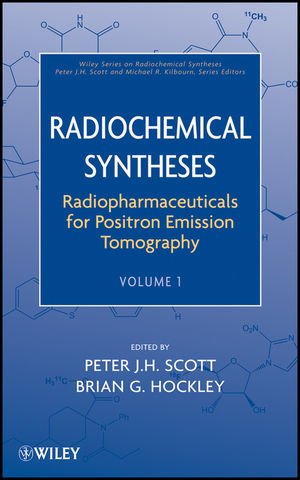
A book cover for Radiochemical Syntheses, Volume 1: Radiopharmaceuticals for Positron Emission Tomography; Science & Math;